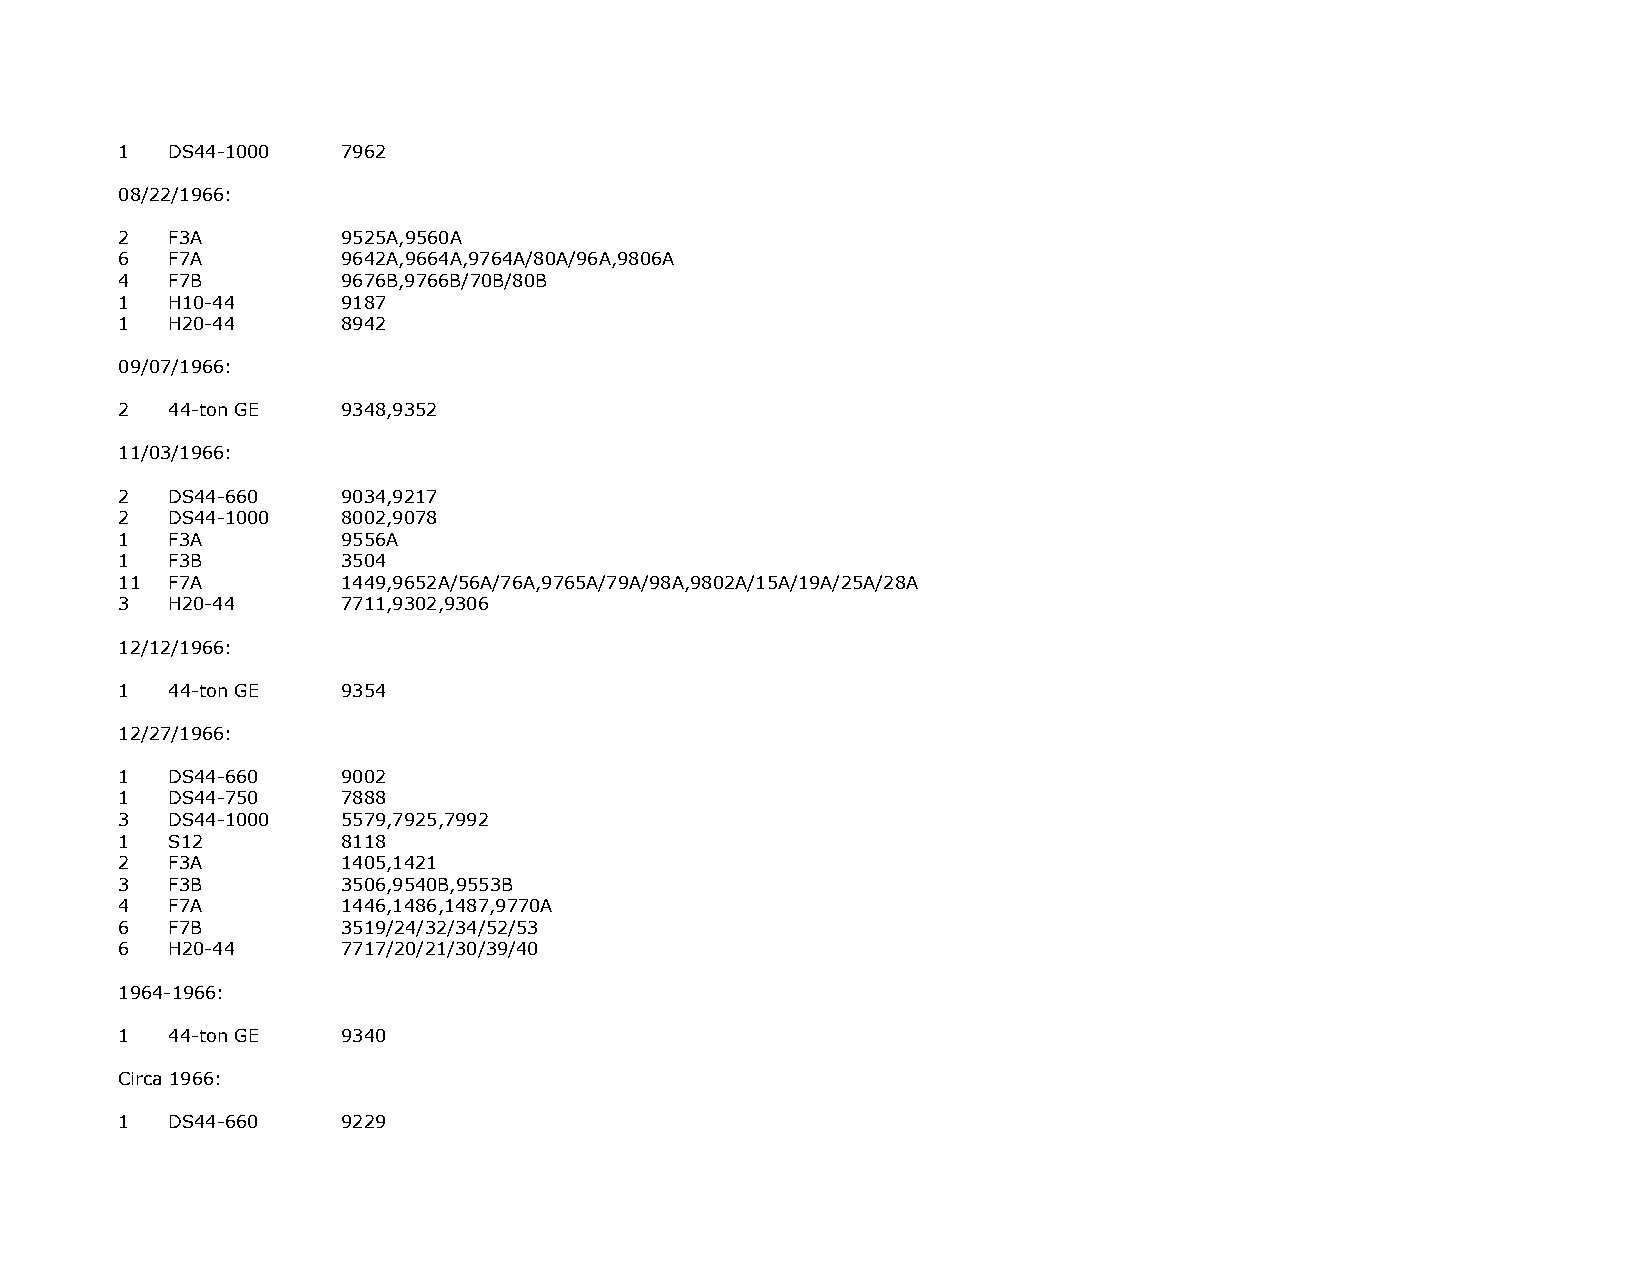
1  DS44-1000   7962
 08/22/1966:
 2  F3A         9525A,9560A
 6  F7A         9642A,9664A,9764A/80A/96A,9806A
 4  F7B         9676B,9766B/70B/80B
 1  H10-44      9187
 1  H20-44      8942
 09/07/1966:
 2  44-ton GE   9348,9352
 11/03/1966:
 2  DS44-660    9034,9217
 2  DS44-1000   8002,9078
 1  F3A         9556A
 1  F3B         3504
 11 F7A         1449,9652A/56A/76A,9765A/79A/98A,9802A/15A/19A/25A/28A
 3  H20-44      7711,9302,9306
 12/12/1966:
 1  44-ton GE   9354
 12/27/1966:
 1  DS44-660    9002
 1  DS44-750    7888
 3  DS44-1000   5579,7925,7992
 1  S12         8118
 2  F3A         1405,1421
 3  F3B         3506,9540B,9553B
 4  F7A         1446,1486,1487,9770A
 6  F7B         3519/24/32/34/52/53
 6  H20-44      7717/20/21/30/39/40
 1964-1966:
 1  44-ton GE   9340
 Circa 1966:
 1  DS44-660    9229